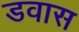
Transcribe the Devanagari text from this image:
डवास